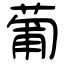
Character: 葡